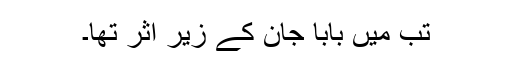
تب میں بابا جان کے زیر اثر تھا۔